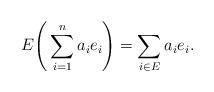
LaTeX: \begin{align*} E\Bigg(\sum_{i=1}^{n} a_i e_i\Bigg) = \sum_{i\in E} a_i e_i.\end{align*}